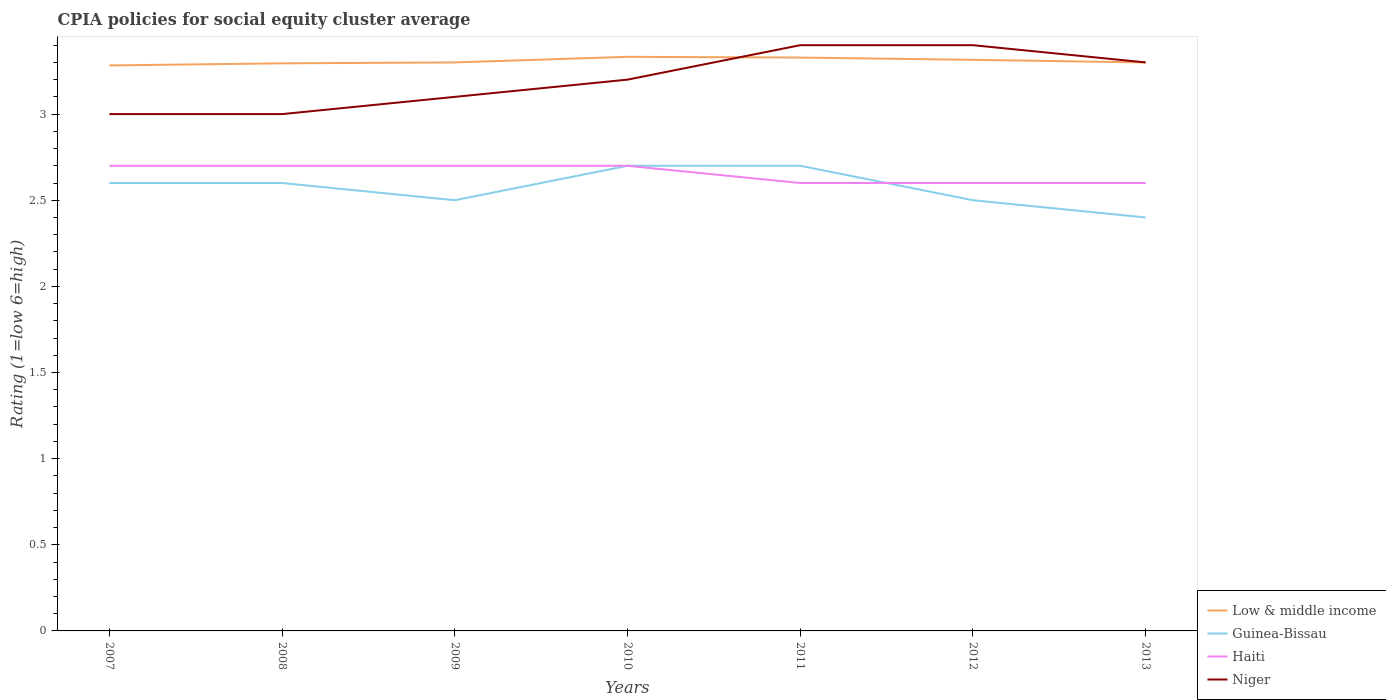
| Years | Low & middle income | Guinea-Bissau | Haiti | Niger |
 | --- | --- | --- | --- | --- |
 | 2007 | 3.28 | 2.6 | 2.7 | 3 |
 | 2008 | 3.29 | 2.6 | 2.7 | 3 |
 | 2009 | 3.3 | 2.5 | 2.7 | 3.1 |
 | 2010 | 3.33 | 2.7 | 2.7 | 3.2 |
 | 2011 | 3.33 | 2.7 | 2.6 | 3.4 |
 | 2012 | 3.31 | 2.5 | 2.6 | 3.4 |
 | 2013 | 3.3 | 2.4 | 2.6 | 3.3 |